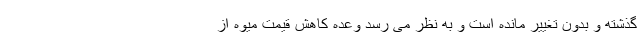
گذشته و بدون تغییر مانده است و به نظر می رسد وعده کاهش قیمت میوه از